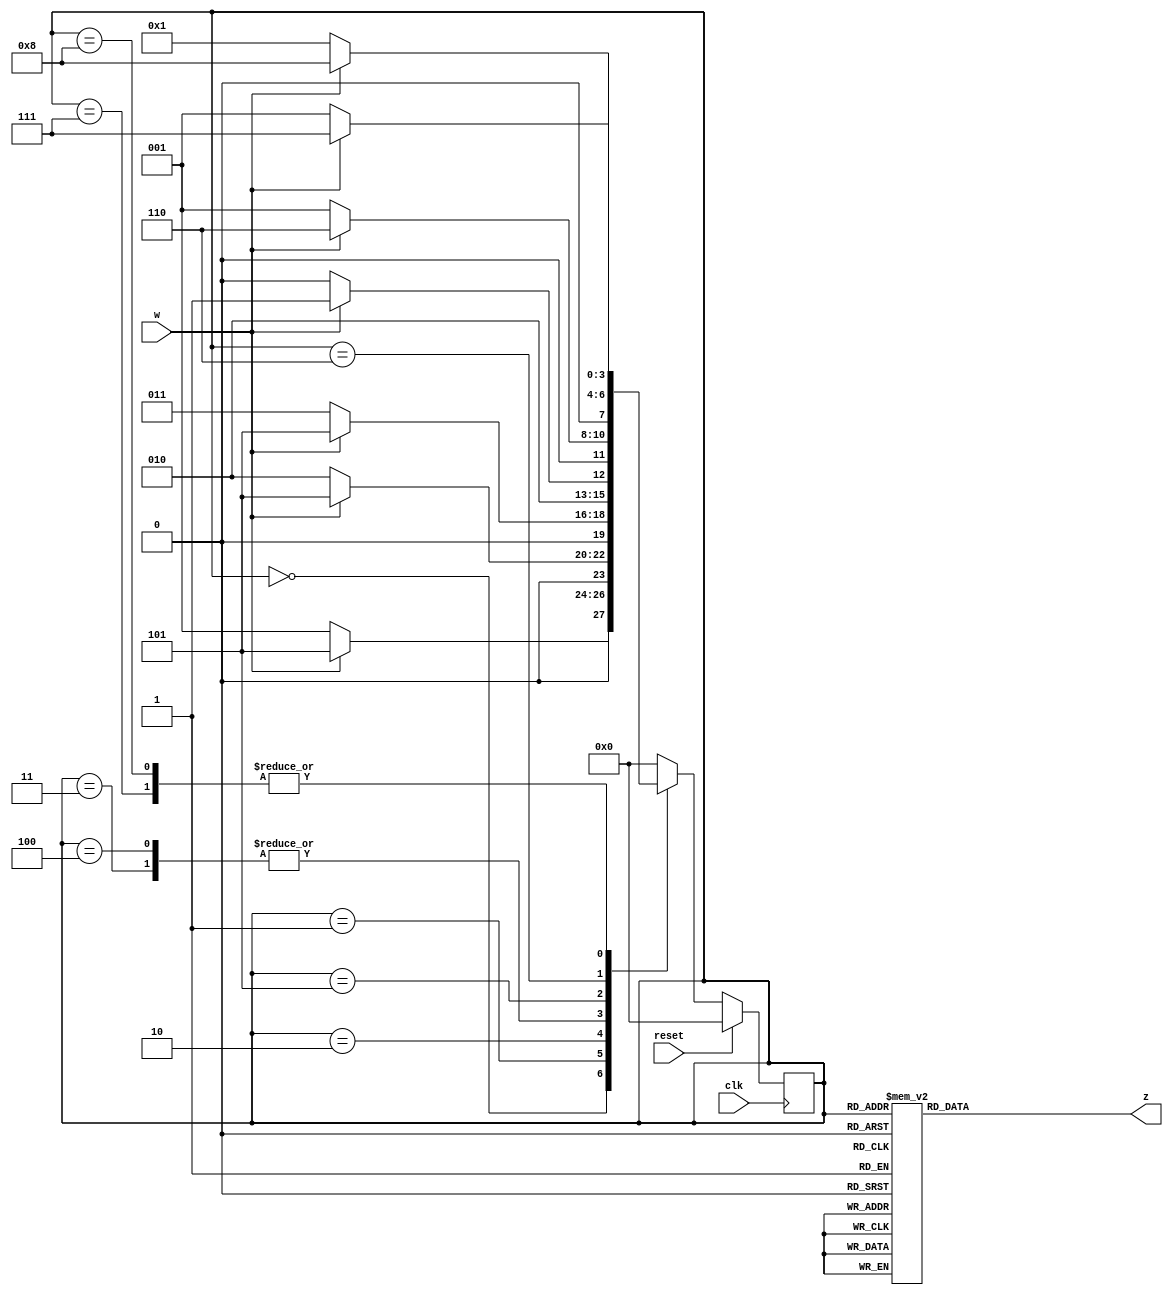
`timescale 1ns / 1ps
//////////////////////////////////////////////////////////////////////////////////
// Company: 
// Engineer: 
// 
// Design Name: 
// Module Name: detector
// Project Name: 
// Target Devices: 
// Tool Versions: 
// Description: 
// 
// Dependencies: 
// 
// Revision:
// Revision 0.01 - File Created
// Additional Comments:
// 
//////////////////////////////////////////////////////////////////////////////////


module detector(clk,reset,w,z);
input wire clk,reset,w;
output reg z;

parameter[3:0] S0=4'b0000;
parameter[3:0] S01=4'b0001;
parameter[3:0] S02=4'b0010;
parameter[3:0] S03=4'b0011;
parameter[3:0] S04=4'b0100;
parameter[3:0] S11=4'b0101;
parameter[3:0] S12=4'b0110;
parameter[3:0] S13=4'b0111;
parameter[3:0] S14=4'b1000;

reg[3:0] current_state;
reg[3:0] next_state;

always@(posedge clk)
    begin
        if(reset ==1)
            current_state <= S0;
        else
            current_state <= next_state;
    end
    
always@(w,current_state)
begin
case(current_state)
    S0 : begin
            if(w== 1'b0)
                next_state <= S01 ;
            else
                next_state <= S11;
         end
         
    S01 : begin
            if(w== 1'b0)
                next_state <= S02 ;
            else
                next_state <= S11;
         end
         
    S02 : begin
            if(w== 1'b0)
                next_state <= S03 ;
            else
                next_state <= S11;
         end
         
    S03 : begin
            if(w== 1'b0)
                next_state <= S04 ;
            else
                next_state <= S11;
         end
    S04 : begin
            if(w== 1'b0)
                next_state <= S04 ;
            else
                next_state <= S11;
         end
    S11 : begin
            if(w== 1'b0)
                next_state <= S01 ;
            else
                next_state <= S12;
         end
         
    S12 : begin
            if(w== 1'b0)
                next_state <= S01 ;
            else
                next_state <= S13;
         end
         
    S13 : begin
            if(w== 1'b0)
                next_state <= S01 ;
            else
                next_state <= S14;
         end
     S14 : begin
            if(w== 1'b0)
                next_state <= S01 ;
            else
                next_state <= S14;
         end
    default : next_state <= S0;
endcase
end

always@(current_state)
begin
case(current_state)
    S0 : z <=0;
    S01 : z <=0;
    S02 : z <=0;
    S03 : z <=0;
    S04 : z <=1;
    S11 : z <=0;
    S12 : z <=0;
    S13 : z <=0;
    S14 : z <=1;
    default : z<= 0;
endcase
end
    
endmodule